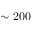
\sim 2 0 0